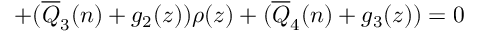
+ ( \overline { { { Q } } } _ { 3 } ( n ) + g _ { 2 } ( z ) ) \rho ( z ) + ( \overline { { { Q } } } _ { 4 } ( n ) + g _ { 3 } ( z ) ) = 0